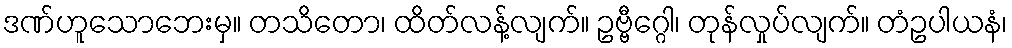
ဒဏ်ဟူသောဘေးမှ။ တသိတော၊ ထိတ်လန့်လျက်။ ဥဗ္ဗီဂ္ဂေါ၊ တုန်လှုပ်လျက်။ တံဥပါယနံ၊